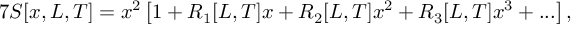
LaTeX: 7 S [ x , L , T ] = x ^ { 2 } \left[ 1 + R _ { 1 } [ L , T ] x + R _ { 2 } [ L , T ] x ^ { 2 } + R _ { 3 } [ L , T ] x ^ { 3 } + . . . \right] ,